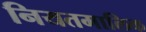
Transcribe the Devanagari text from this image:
नियतमालिक